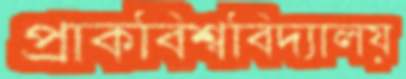
প্রাকবিশ্ববিদ্যালয়